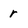
Character: r